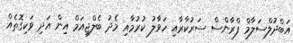
އަބްދުލްސަލާމް ފްރާންސް ސަރުކާރާއި ހަވާލު ކުރުމާއި މެދު ބެލްޖިއަމް އިން އަދި ވަކިގޮތެއް